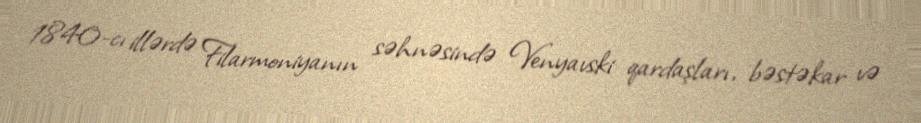
1840-cı illərdə Filarmoniyanın səhnəsində Venyavski qardaşları, bəstəkar və